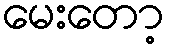
မေးတော့